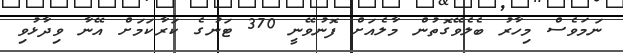
ނަމަވެސް މިހާރު ބެލެވޭގޮތުން މާލެއަށް ފޮނުވޭނީ 370 ޓަނުގެ ކަރާކަމަށް އޭނާ ވިދާޅުވި